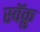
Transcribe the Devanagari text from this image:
स्वॅक्रु